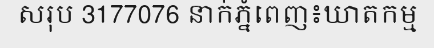
សរុប 3177076 នាក់ភ្នំពេញ៖ឃាតកម្ម